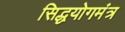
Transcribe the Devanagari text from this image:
सिद्धयोगमंत्र